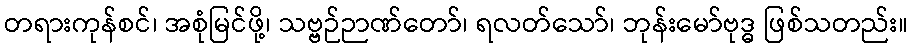
တရားကုန်စင်၊ အစုံမြင်ဖို့၊ သဗ္ဗဉ်ဉာဏ်တော်၊ ရလတ်သော်၊ ဘုန်းမော်ဗုဒ္ဓ ဖြစ်သတည်း။